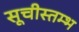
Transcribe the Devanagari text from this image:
सूचीस्तम्भ